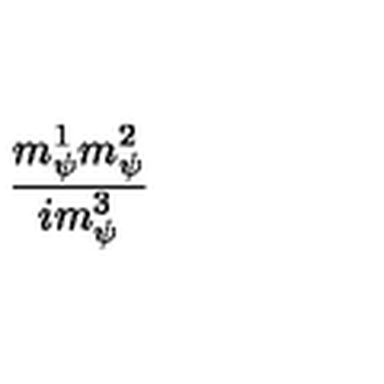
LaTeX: \frac { m _ { \psi } ^ { 1 } m _ { \psi } ^ { 2 } } { i m _ { \psi } ^ { 3 } }